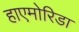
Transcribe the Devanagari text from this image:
हाएमोरिडा